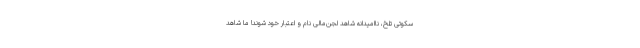
سکوتی تلخ، ناامیدانه شاهد لجن‌مالی نام و اعتبار خود شوند! ما شاهد